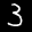
Label: 3